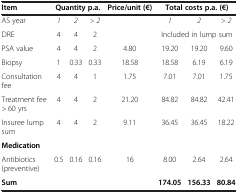
| Item | <COLSPAN=3> Quantity p.a. | Price/unit (€) | <COLSPAN=3> Total costs p.a. (€) |
 | --- | --- | --- | --- | --- | --- | --- | --- |
 | AS year | 1 | 2 | > 2 |  | 1 | 2 | > 2 |
 | DRE | 4 | 4 | 2 |  | <COLSPAN=3> Included in lump sum |
 | PSA value | 4 | 4 | 2 | 4.80 | 19.20 | 19.20 | 9.60 |
 | Biopsy | 1 | 0.33 | 0.33 | 18.58 | 18.58 | 6.19 | 6.19 |
 | Consultation fee | 4 | 4 | 1 | 1.75 | 7.01 | 7.01 | 1.75 |
 | Treatment fee > 60 yrs | 4 | 4 | 2 | 21.20 | 84.82 | 84.82 | 42.41 |
 | Insuree lump sum | 4 | 4 | 2 | 9.11 | 36.45 | 36.45 | 18.22 |
 | Medication |  |  |  |  |  |  |  |
 | Antibiotics (preventive) | 0.5 | 0.16 | 0.16 | 16 | 8.00 | 2.64 | 2.64 |
 | Sum |  |  |  |  | 174.05 | 156.33 | 80.84 |